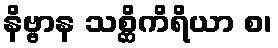
နိဗ္ဗာန သစ္ဆိကိရိယာ စ၊